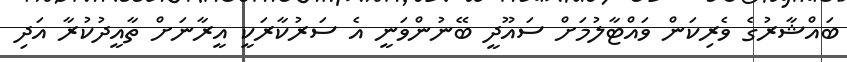
ބައްޝާރުގެ ވެރިކަން ވައްޓާލުމަށް ސައޫދީ ބޭނުންވަނީ އެ ސަރުކާރަކީ އީރާނަށް ތާއީދުކުރާ އަދި